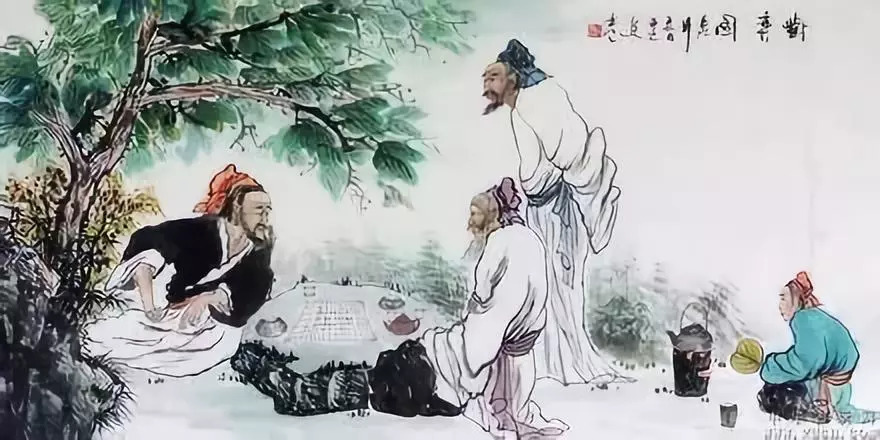
弈之为数，小数也不专心致志，则不得也。